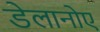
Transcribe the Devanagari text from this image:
डेलानोए